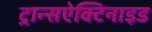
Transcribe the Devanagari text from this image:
ट्रान्सऐक्टिनाइड